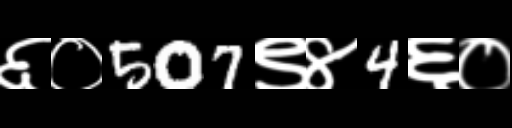
Text: ६०507९४4६०